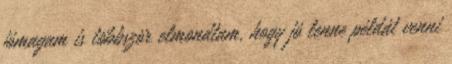
jómagam is többször elmondtam, hogy jó lenne példát venni